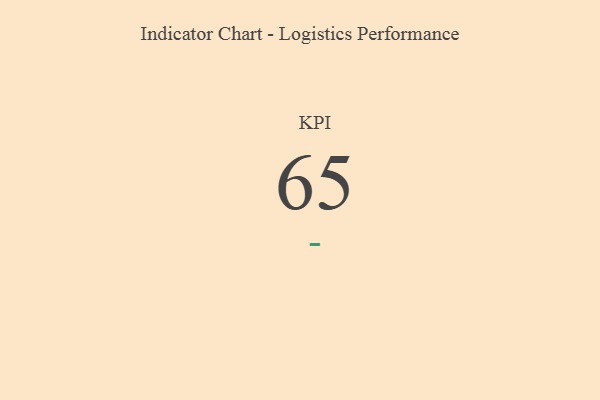
{"axis": {"x": "KPI", "y": "Value"}, "legend": [""], "data": [{"x": "KPI", "y": 65, "type": ""}]}